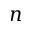
n